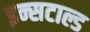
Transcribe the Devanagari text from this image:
इन्सटाल्ड